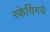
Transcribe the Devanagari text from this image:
स्केचिंगचे